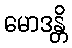
မောဒန္တိ